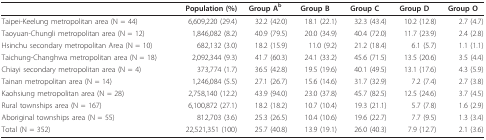
<table><thead><tr><td></td><td><b>Population (%)</b></td><td><b>Group A<sup>b</sup></b></td><td><b>Group B</b></td><td><b>Group C</b></td><td><b>Group D</b></td><td><b>Group O</b></td></tr></thead><tbody><tr><td>Taipei-Keelung metropolitan area (N = 44)</td><td>6,609,220 (29.4)</td><td>32.2 (42.0)</td><td>18.1 (22.1)</td><td>32.3 (43.4)</td><td>10.2 (12.8)</td><td>2.7 (4.7)</td></tr><tr><td>Taoyuan-Chungli metropolitan area (N = 12)</td><td>1,846,082 (8.2)</td><td>40.9 (79.5)</td><td>20.0 (34.9)</td><td>40.4 (72.0)</td><td>11.7 (23.9)</td><td>2.4 (2.8)</td></tr><tr><td>Hsinchu secondary metropolitan Area (N = 10)</td><td>682,132 (3.0)</td><td>18.2 (15.9)</td><td>11.0 (9.2)</td><td>21.2 (18.4)</td><td>6.1 (5.7)</td><td>1.1 (1.1)</td></tr><tr><td>Taichung-Changhwa metropolitan area (N = 18)</td><td>2,092,344 (9.3)</td><td>41.7 (60.3)</td><td>24.1 (33.2)</td><td>45.6 (71.5)</td><td>13.5 (20.6)</td><td>3.5 (4.4)</td></tr><tr><td>Chiayi secondary metropolitan area (N = 4)</td><td>373,774 (1.7)</td><td>36.5 (42.8)</td><td>19.5 (19.6)</td><td>40.1 (49.5)</td><td>13.1 (17.6)</td><td>4.3 (5.9)</td></tr><tr><td>Tainan metropolitan area (N = 14)</td><td>1,246,084 (5.5)</td><td>27.1 (26.7)</td><td>15.6 (14.6)</td><td>31.7 (32.9)</td><td>7.2 (7.4)</td><td>2.7 (3.8)</td></tr><tr><td>Kaohsiung metropolitan area (N = 28)</td><td>2,758,140 (12.2)</td><td>43.9 (94.0)</td><td>23.0 (37.8)</td><td>45.7 (82.5)</td><td>12.5 (24.6)</td><td>3.7 (4.5)</td></tr><tr><td>Rural townships area (N = 167)</td><td>6,100,872 (27.1)</td><td>18.2 (18.2)</td><td>10.7 (10.4)</td><td>19.3 (21.1)</td><td>5.7 (7.8)</td><td>1.6 (2.9)</td></tr><tr><td>Aboriginal townships area (N = 55)</td><td>812,703 (3.6)</td><td>25.3 (26.5)</td><td>10.4 (10.6)</td><td>19.6 (22.7)</td><td>7.7 (9.5)</td><td>1.3 (3.4)</td></tr><tr><td>Total (N = 352)</td><td>22,521,351 (100)</td><td>25.7 (40.8)</td><td>13.9 (19.1)</td><td>26.0 (40.3)</td><td>7.9 (12.7)</td><td>2.1 (3.6)</td></tr></tbody></table>